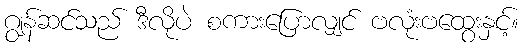
ဂျွန်ဆင်သည် ဒီလိုပဲ စကားပြောလျှင် ဗလုံးဗထွေးနှင့်။